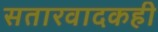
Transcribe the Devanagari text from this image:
सतारवादकही